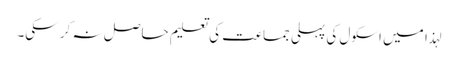
لہذا میں اسکول کی پہلی جماعت کی تعلیم حاصل نہ کر سکی۔